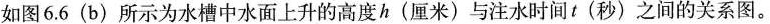
如图6.6(b)所示为水槽中水面上升的高度h(厘米)与注水时间t(秒)之间的关系图。